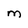
Character: M